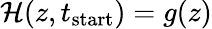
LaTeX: \mathcal{H}(z,t_{\mathrm{{start}}})=g(z)